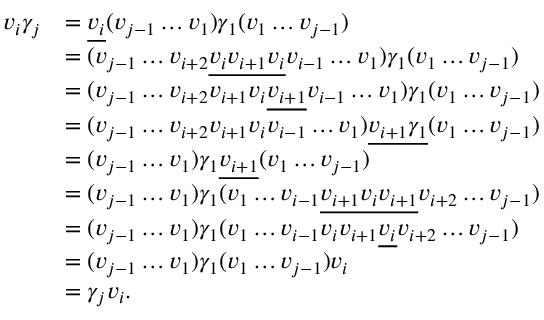
\begin{array} { r l } { v _ { i } \gamma _ { j } } & { = \underline { { v _ { i } } } ( v _ { j - 1 } \ldots v _ { 1 } ) \gamma _ { 1 } ( v _ { 1 } \ldots v _ { j - 1 } ) } \\ & { = ( v _ { j - 1 } \ldots v _ { i + 2 } \underline { { v _ { i } v _ { i + 1 } v _ { i } } } v _ { i - 1 } \ldots v _ { 1 } ) \gamma _ { 1 } ( v _ { 1 } \ldots v _ { j - 1 } ) } \\ & { = ( v _ { j - 1 } \ldots v _ { i + 2 } v _ { i + 1 } v _ { i } \underline { { v _ { i + 1 } } } v _ { i - 1 } \ldots v _ { 1 } ) \gamma _ { 1 } ( v _ { 1 } \ldots v _ { j - 1 } ) } \\ & { = ( v _ { j - 1 } \ldots v _ { i + 2 } v _ { i + 1 } v _ { i } v _ { i - 1 } \ldots v _ { 1 } ) \underline { { v _ { i + 1 } \gamma _ { 1 } } } ( v _ { 1 } \ldots v _ { j - 1 } ) } \\ & { = ( v _ { j - 1 } \ldots v _ { 1 } ) \gamma _ { 1 } \underline { { v _ { i + 1 } } } ( v _ { 1 } \ldots v _ { j - 1 } ) } \\ & { = ( v _ { j - 1 } \ldots v _ { 1 } ) \gamma _ { 1 } ( v _ { 1 } \ldots v _ { i - 1 } \underline { { v _ { i + 1 } v _ { i } v _ { i + 1 } } } v _ { i + 2 } \ldots v _ { j - 1 } ) } \\ & { = ( v _ { j - 1 } \ldots v _ { 1 } ) \gamma _ { 1 } ( v _ { 1 } \ldots v _ { i - 1 } v _ { i } v _ { i + 1 } \underline { { v _ { i } } } v _ { i + 2 } \ldots v _ { j - 1 } ) } \\ & { = ( v _ { j - 1 } \ldots v _ { 1 } ) \gamma _ { 1 } ( v _ { 1 } \ldots v _ { j - 1 } ) v _ { i } } \\ & { = \gamma _ { j } v _ { i } . } \end{array}